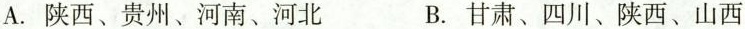
A.陕西、贵州、河南、河北 B.甘肃、四川、陕西、山西